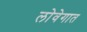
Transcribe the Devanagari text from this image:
लोवेगात